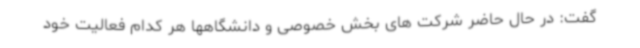
گفت: در حال حاضر شرکت های بخش خصوصی و دانشگاهها هر کدام فعالیت خود